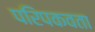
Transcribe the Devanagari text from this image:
परिपकवता